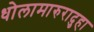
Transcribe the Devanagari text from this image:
धोलामारुरादुहा